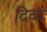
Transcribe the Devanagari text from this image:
दिव्यः